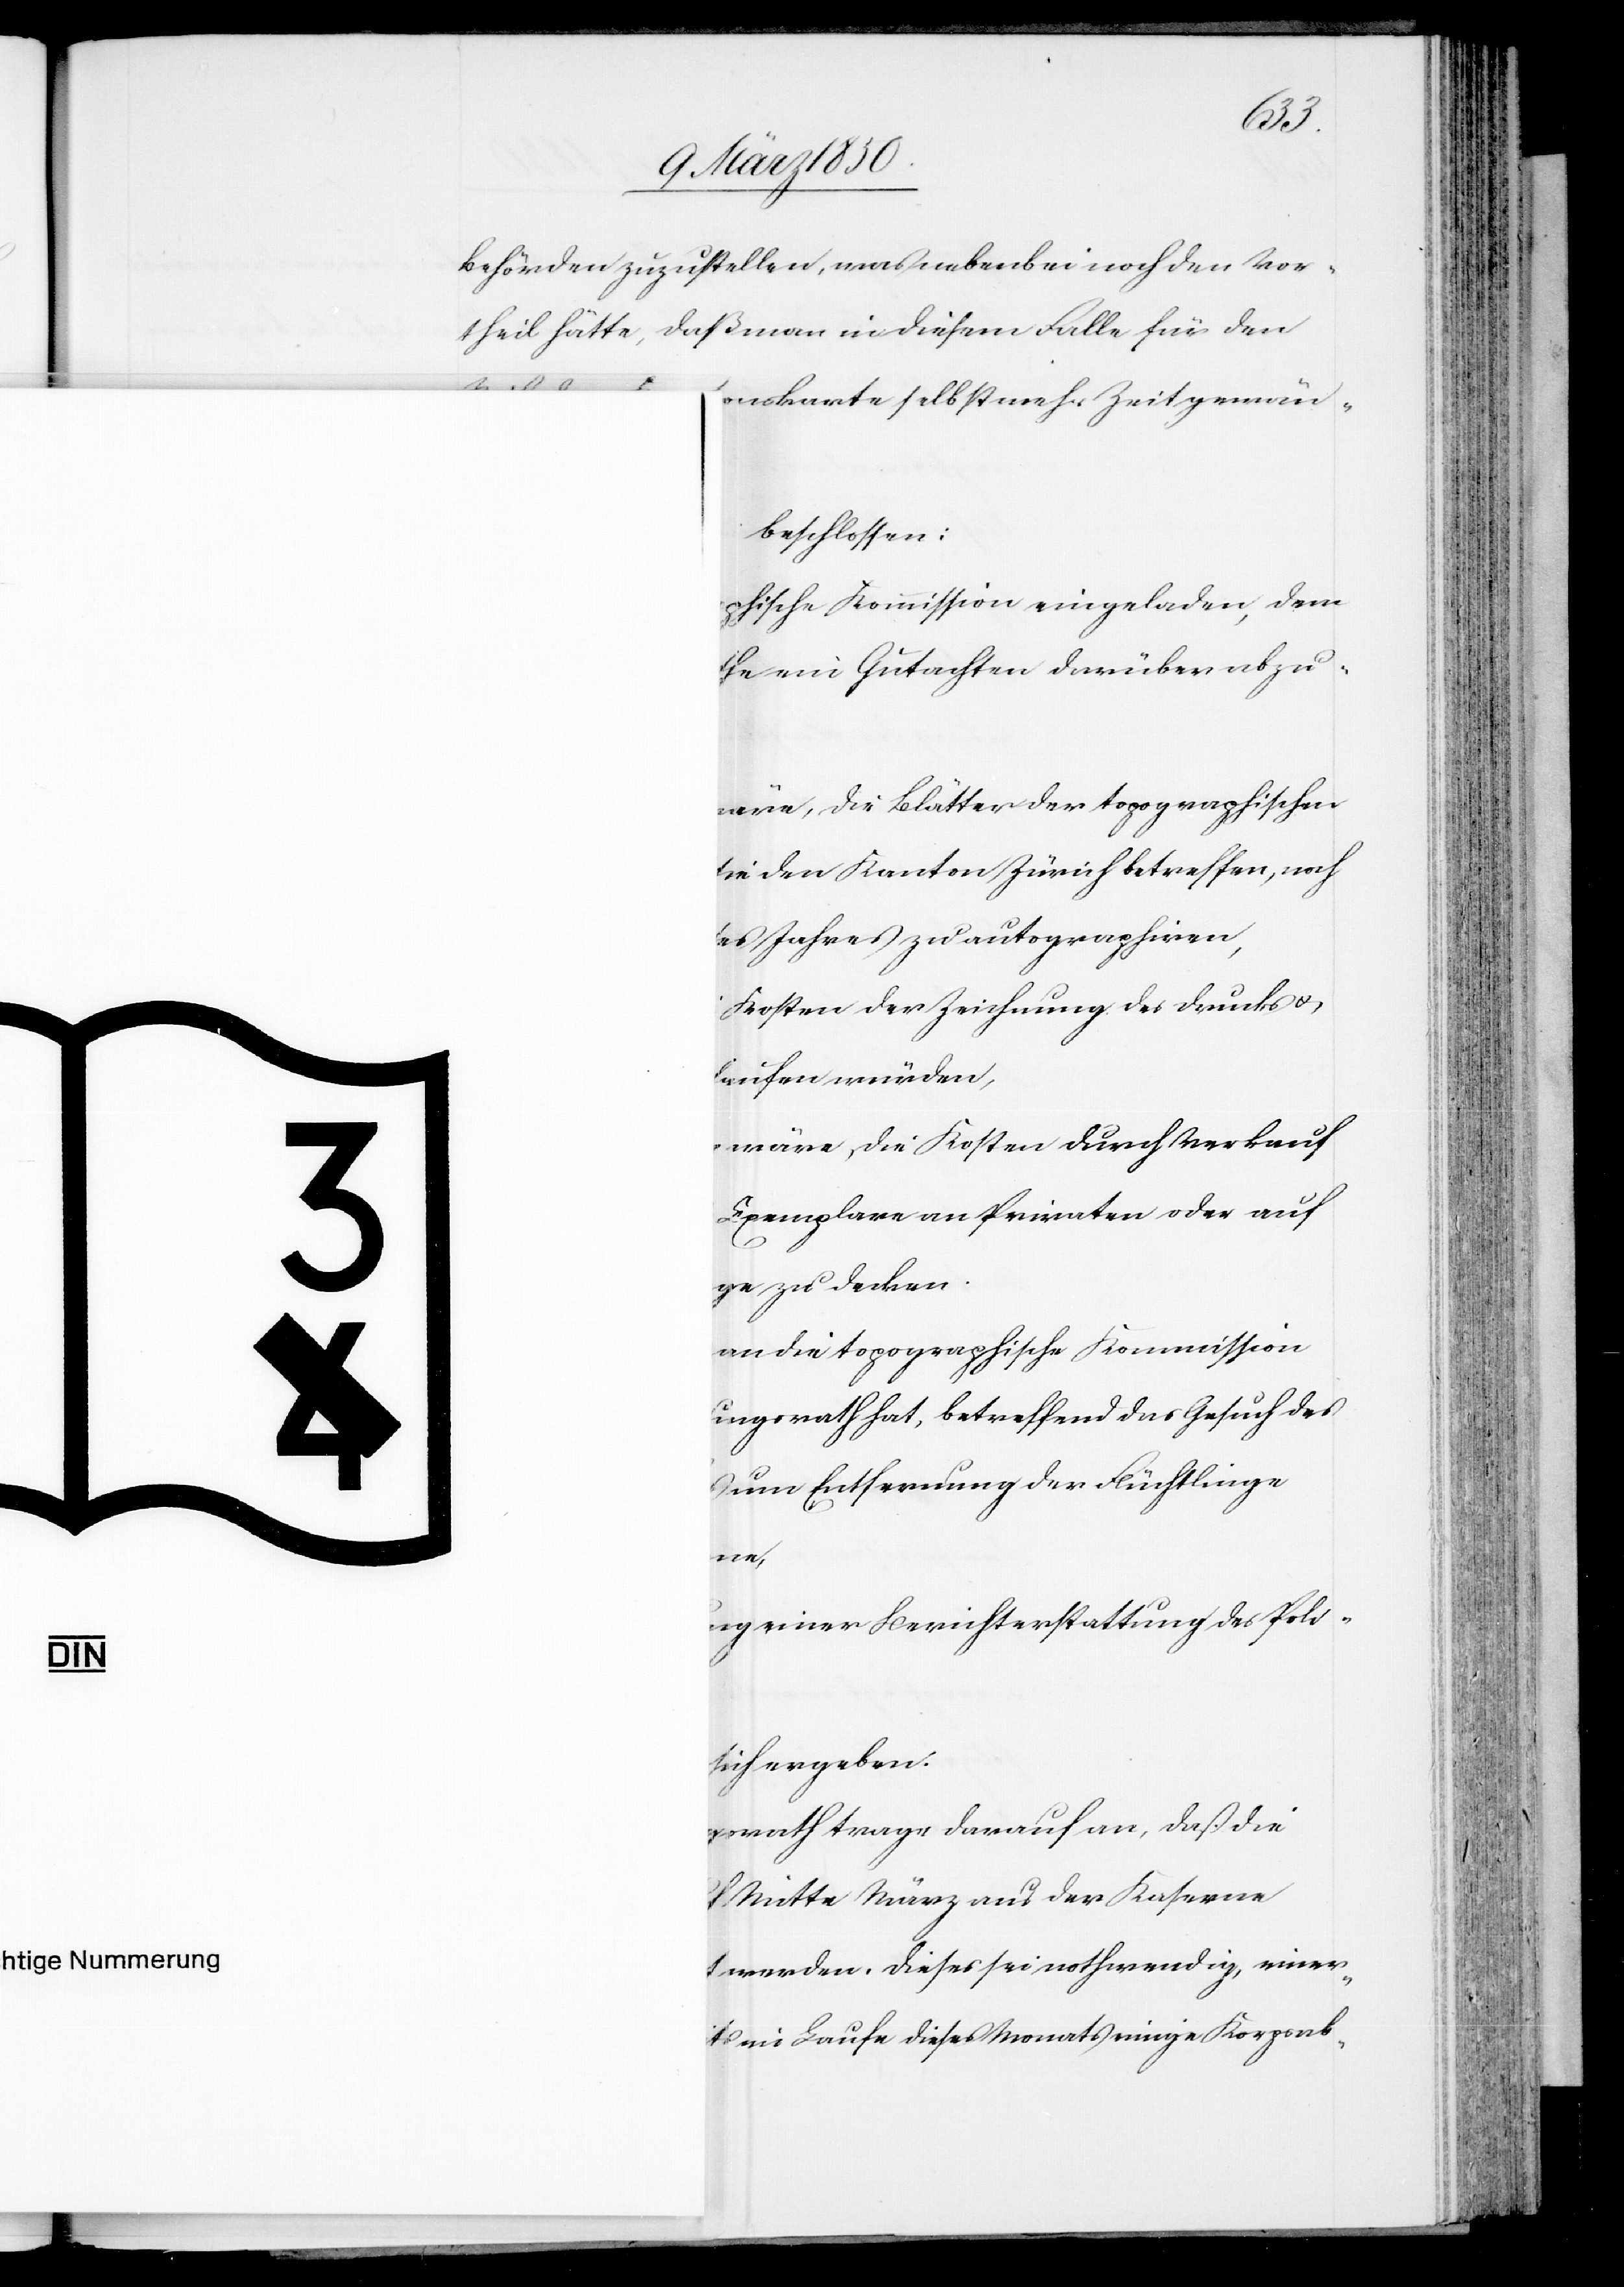
I.
Familie Borberg

5

Basel
Fall,
beschlossen:
Geeignete